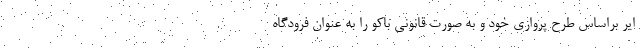
ایر براساس طرح پروازی خود و به صورت قانونی باکو را به عنوان فرودگاه